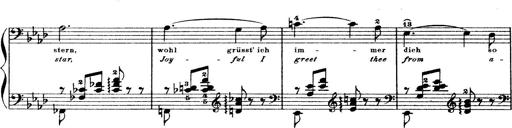
Title: Wagner-Liszt Album
Composer: Franz Liszt